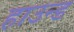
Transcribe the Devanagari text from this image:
हाउन्ड